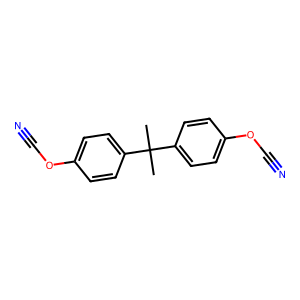
SMILES: CC(C)(c1ccc(OC#N)cc1)c1ccc(OC#N)cc1
Inhibits HIV replication: No